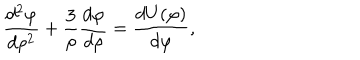
{ \frac { d ^ { 2 } \varphi } { d \rho ^ { 2 } } } + { \frac { 3 } { \rho } } { \frac { d \varphi } { d \rho } } = { \frac { d U ( \varphi ) } { d \varphi } } ,